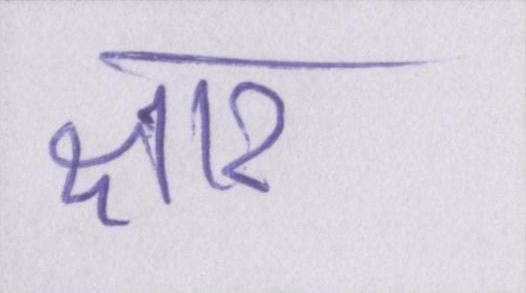
क्षार